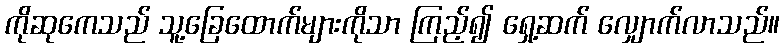
ကိုဆုကေသည် သူ့ခြေထောက်များကိုသာ ကြည့်၍ ရှေ့ဆက် လျှောက်လာသည်။